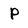
Character: P